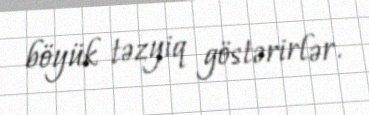
böyük təzyiq göstərirlər.